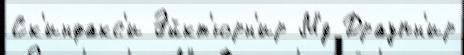
Ск'инфакс'и Эйкт'юрн'ир М'́д Драупн'ир